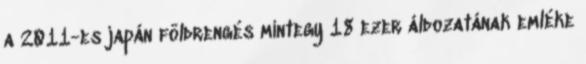
a 2011-es japán földrengés mintegy 18 ezer áldozatának emléke